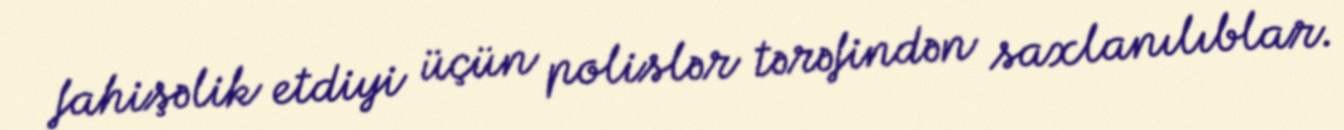
fahişəlik etdiyi üçün polislər tərəfindən saxlanılıblar.